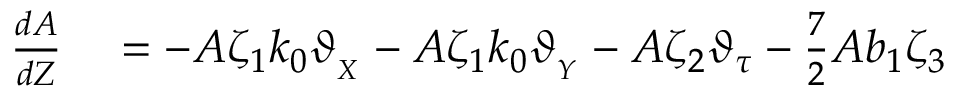
\begin{array} { r l } { \frac { d A } { d Z } } & { { } = - A \zeta _ { 1 } k _ { 0 } \vartheta _ { _ { X } } - A \zeta _ { 1 } k _ { 0 } \vartheta _ { _ { Y } } - A \zeta _ { 2 } \vartheta _ { \tau } - \frac { 7 } { 2 } A b _ { 1 } \zeta _ { 3 } } \end{array}